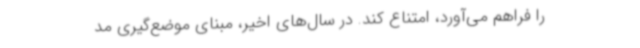
را فراهم می‌آورد، امتناع کند. در سال‌های اخیر، مبنای موضع‌گیری مد